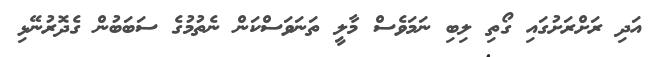
އަދި ރަށްރަށުގައި ގޯތި ލިބި ނަމަވެސް މާލީ ތަނަވަސްކަން ނެތުމުގެ ސަބަބުން ގެދޮރުނޭޅި